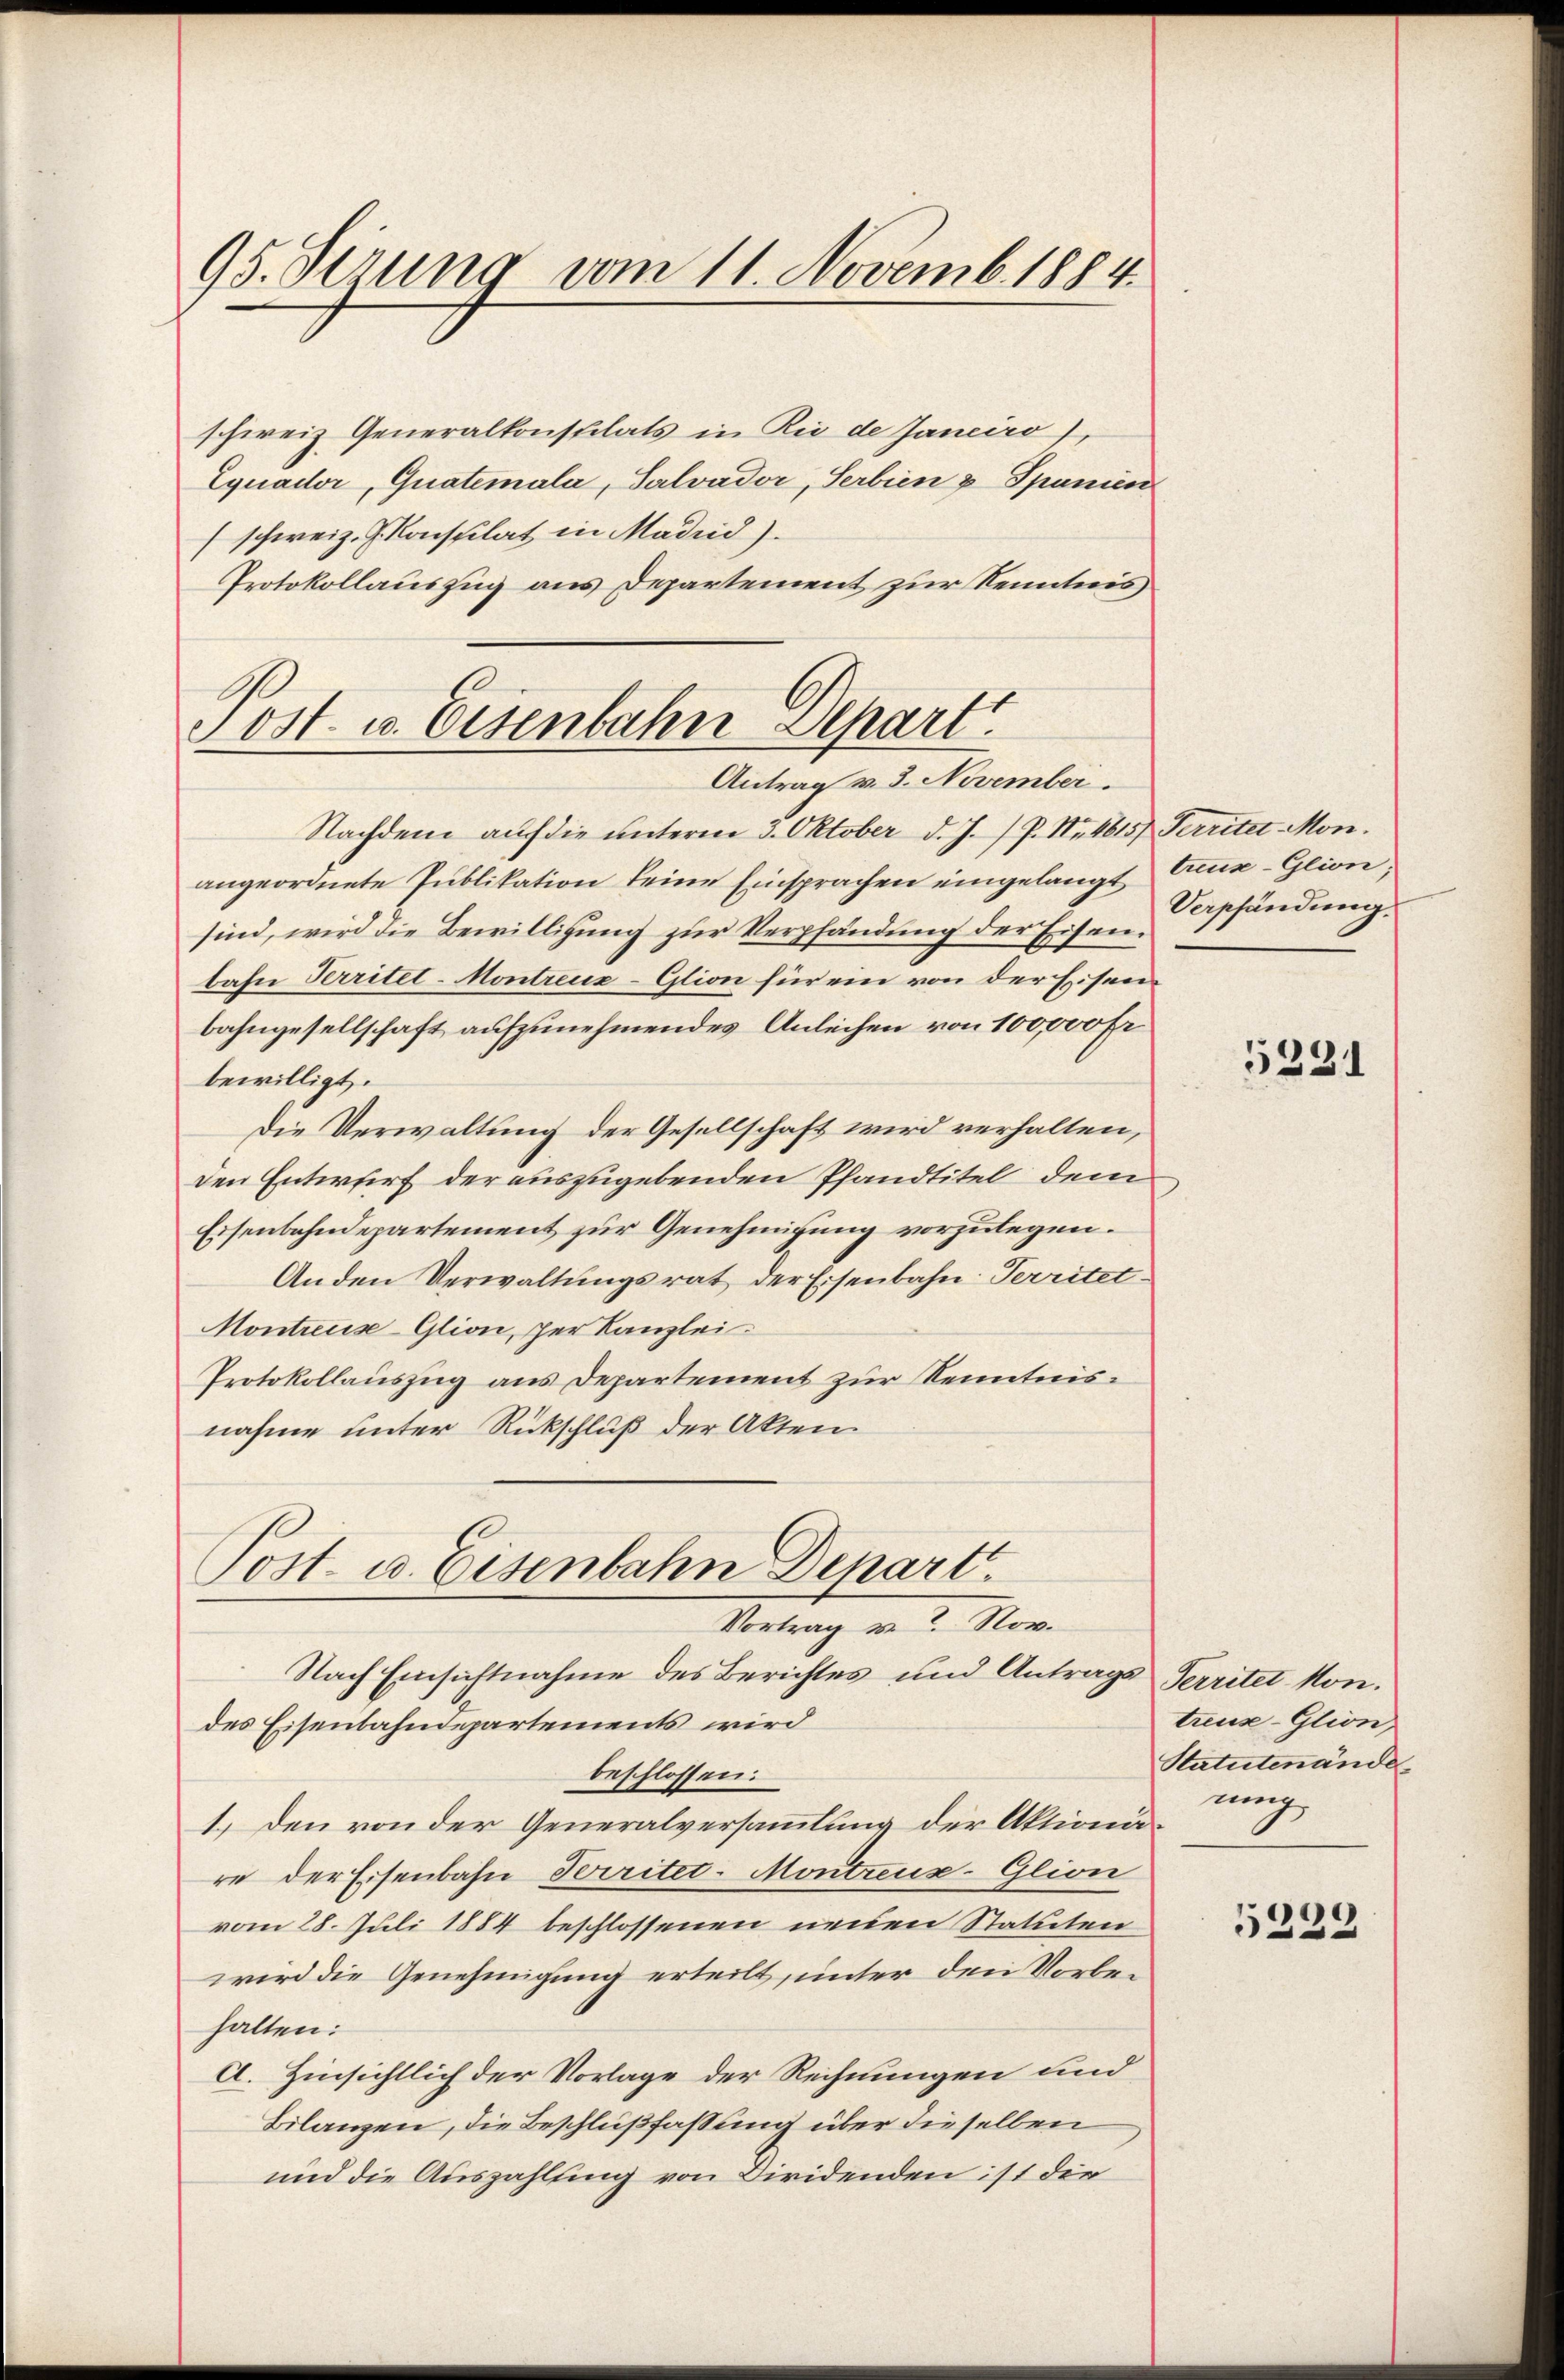
95. Sezung vom 11. Novemb. 1884.

schweiz. Generalkonstilats in Rio de Janeiro),
Equader, Quatemala, Salvador, Serbien & Spanien
(schweiz. Konsplat in Madrid).
Protokollauszug aus Departement zur Kenntnis

Post. v. Eisenbahn Depart
Antrag v. 3. November.

Nachdem auf die unterm 3. Oktober d. J. P. Nr. 4615) Territer Mon.
angeordnete Publikation keine Einsprachen eingelangt treux-Glion,
sind, wird die Bewilligung zur Verpfändung der Eisenbahn Perritet-Montreuz-Glion für ein von der Eisenbahngesellschaft aufzunehmendes Anleihen von 100,000 Fr.
bewilligt.
Die Verwaltung der Gesellschaft wird verhalten,
den Entwurf der auszugebenden Pfandtitel, dem
Eisenbahndepartement zur Genehmigung vorzulegen.
Anden Verwaltungsrat der Eisenbahn Territet¬
Montreuse-Glion, per Kanzlei.
Protokollauszug aus Departement zur Kenntnisnahme unter Rückschluß der Akten.
Post- u. Eisenbahn Depart.
Vortrag u. 2. Nov.
Nach Einsichtnahme des Berichtes und Antrags Territet Mondes Eisenbahndepartements wird
beschlossen:
1.) Den von der Generalversammlung der Aktionäre der Eisenbahn Perritet-Montreux-Glion
vom 28. Juli 1884 beschlossenen neuen Statuten
wird die Genehmigung erteilt, unter den Vorbehalten:
A. Hinsichtlich der Vorlage der Rechnungen und
Bilanzen, die Beschlußfassung über dieselben
und die Auszahlung von Diridenden ist die

Verpfändung.

5331

treuse-Glion,
Statutenände
rung

5229